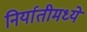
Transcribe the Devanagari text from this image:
निर्यातीमध्ये